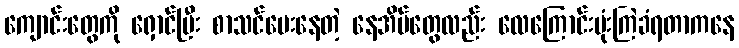
ကျောင်းတွေကို ရှောင်ပြီး စာသင်ပေးနေတဲ့ နေအိမ်တွေလည်း လေကြောင်းဗုံးကြဲခံရတာကနေ